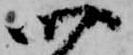
四